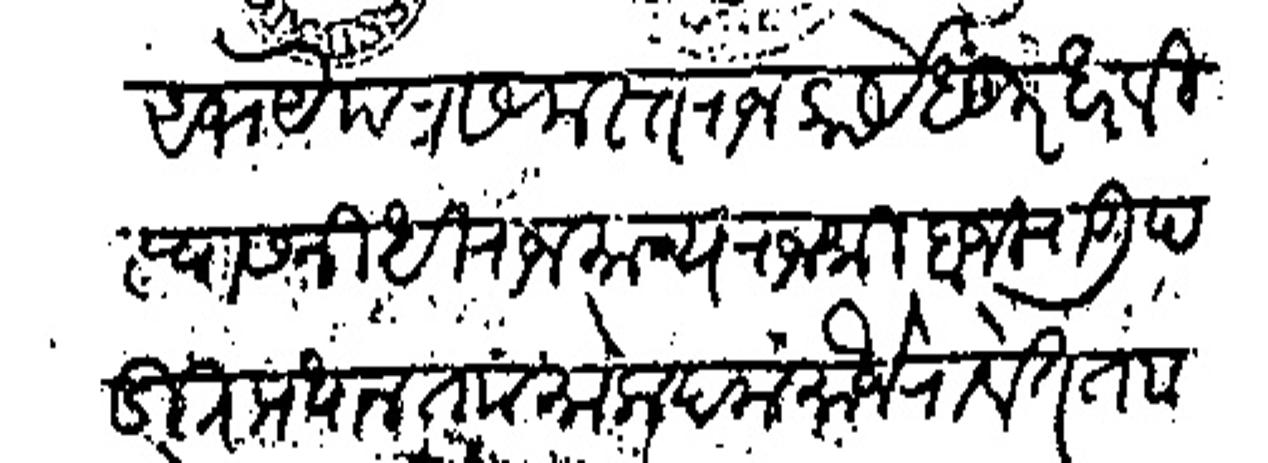
Transliteration (Devanagari): अभयपत्र समस्त राजकार्ये धुरंधर विस्वासनिधी राजमान्य राजश्री बाजीराऊ पडित प्रधान ता मोकदम मौजे रावेत ताा